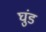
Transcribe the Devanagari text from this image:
घुंड